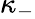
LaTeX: \kappa_{-}